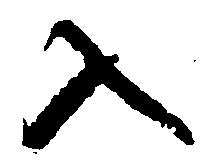
入